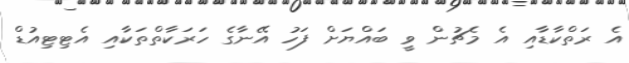
އެ ރަތްކާޑާއި އެ މެޗުން ވީ ބައްޔަށް ފަހު އޭނާގެ ހަރަކާތްތަކާއި އެޓިޓިއުޑް